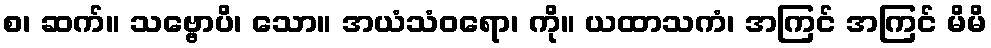
စ၊ ဆက်။ သဗ္ဗောပိ၊ သော။ အယံသံဝရော၊ ကို။ ယထာသကံ၊ အကြင် အကြင် မိမိ